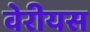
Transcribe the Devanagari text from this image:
वेरीयस